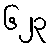
၆၂၃